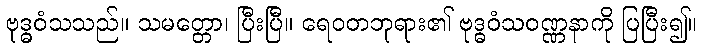
ဗုဒ္ဓဝံသသည်။ သမတ္တော၊ ပြီးပြီ။ ရေဝတဘုရား၏ ဗုဒ္ဓဝံသဝဏ္ဏနာကို ပြပြီး၍။